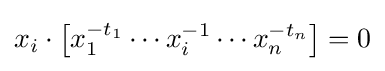
x_{i}\cdot \left[x_{1}^{-t_{1}}\cdots x_{i}^{-1}\cdots x_{n}^{-t_{n}}\right]=0